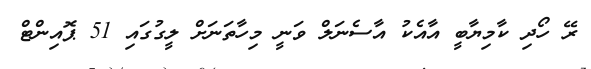
ރޭ ހޯދި ކާމިޔާބީ އާއެކު އާސެނަލް ވަނީ މިހާތަނަށް ލީގުގައި 51 ޕޮއިންޓް